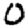
Digit: 0